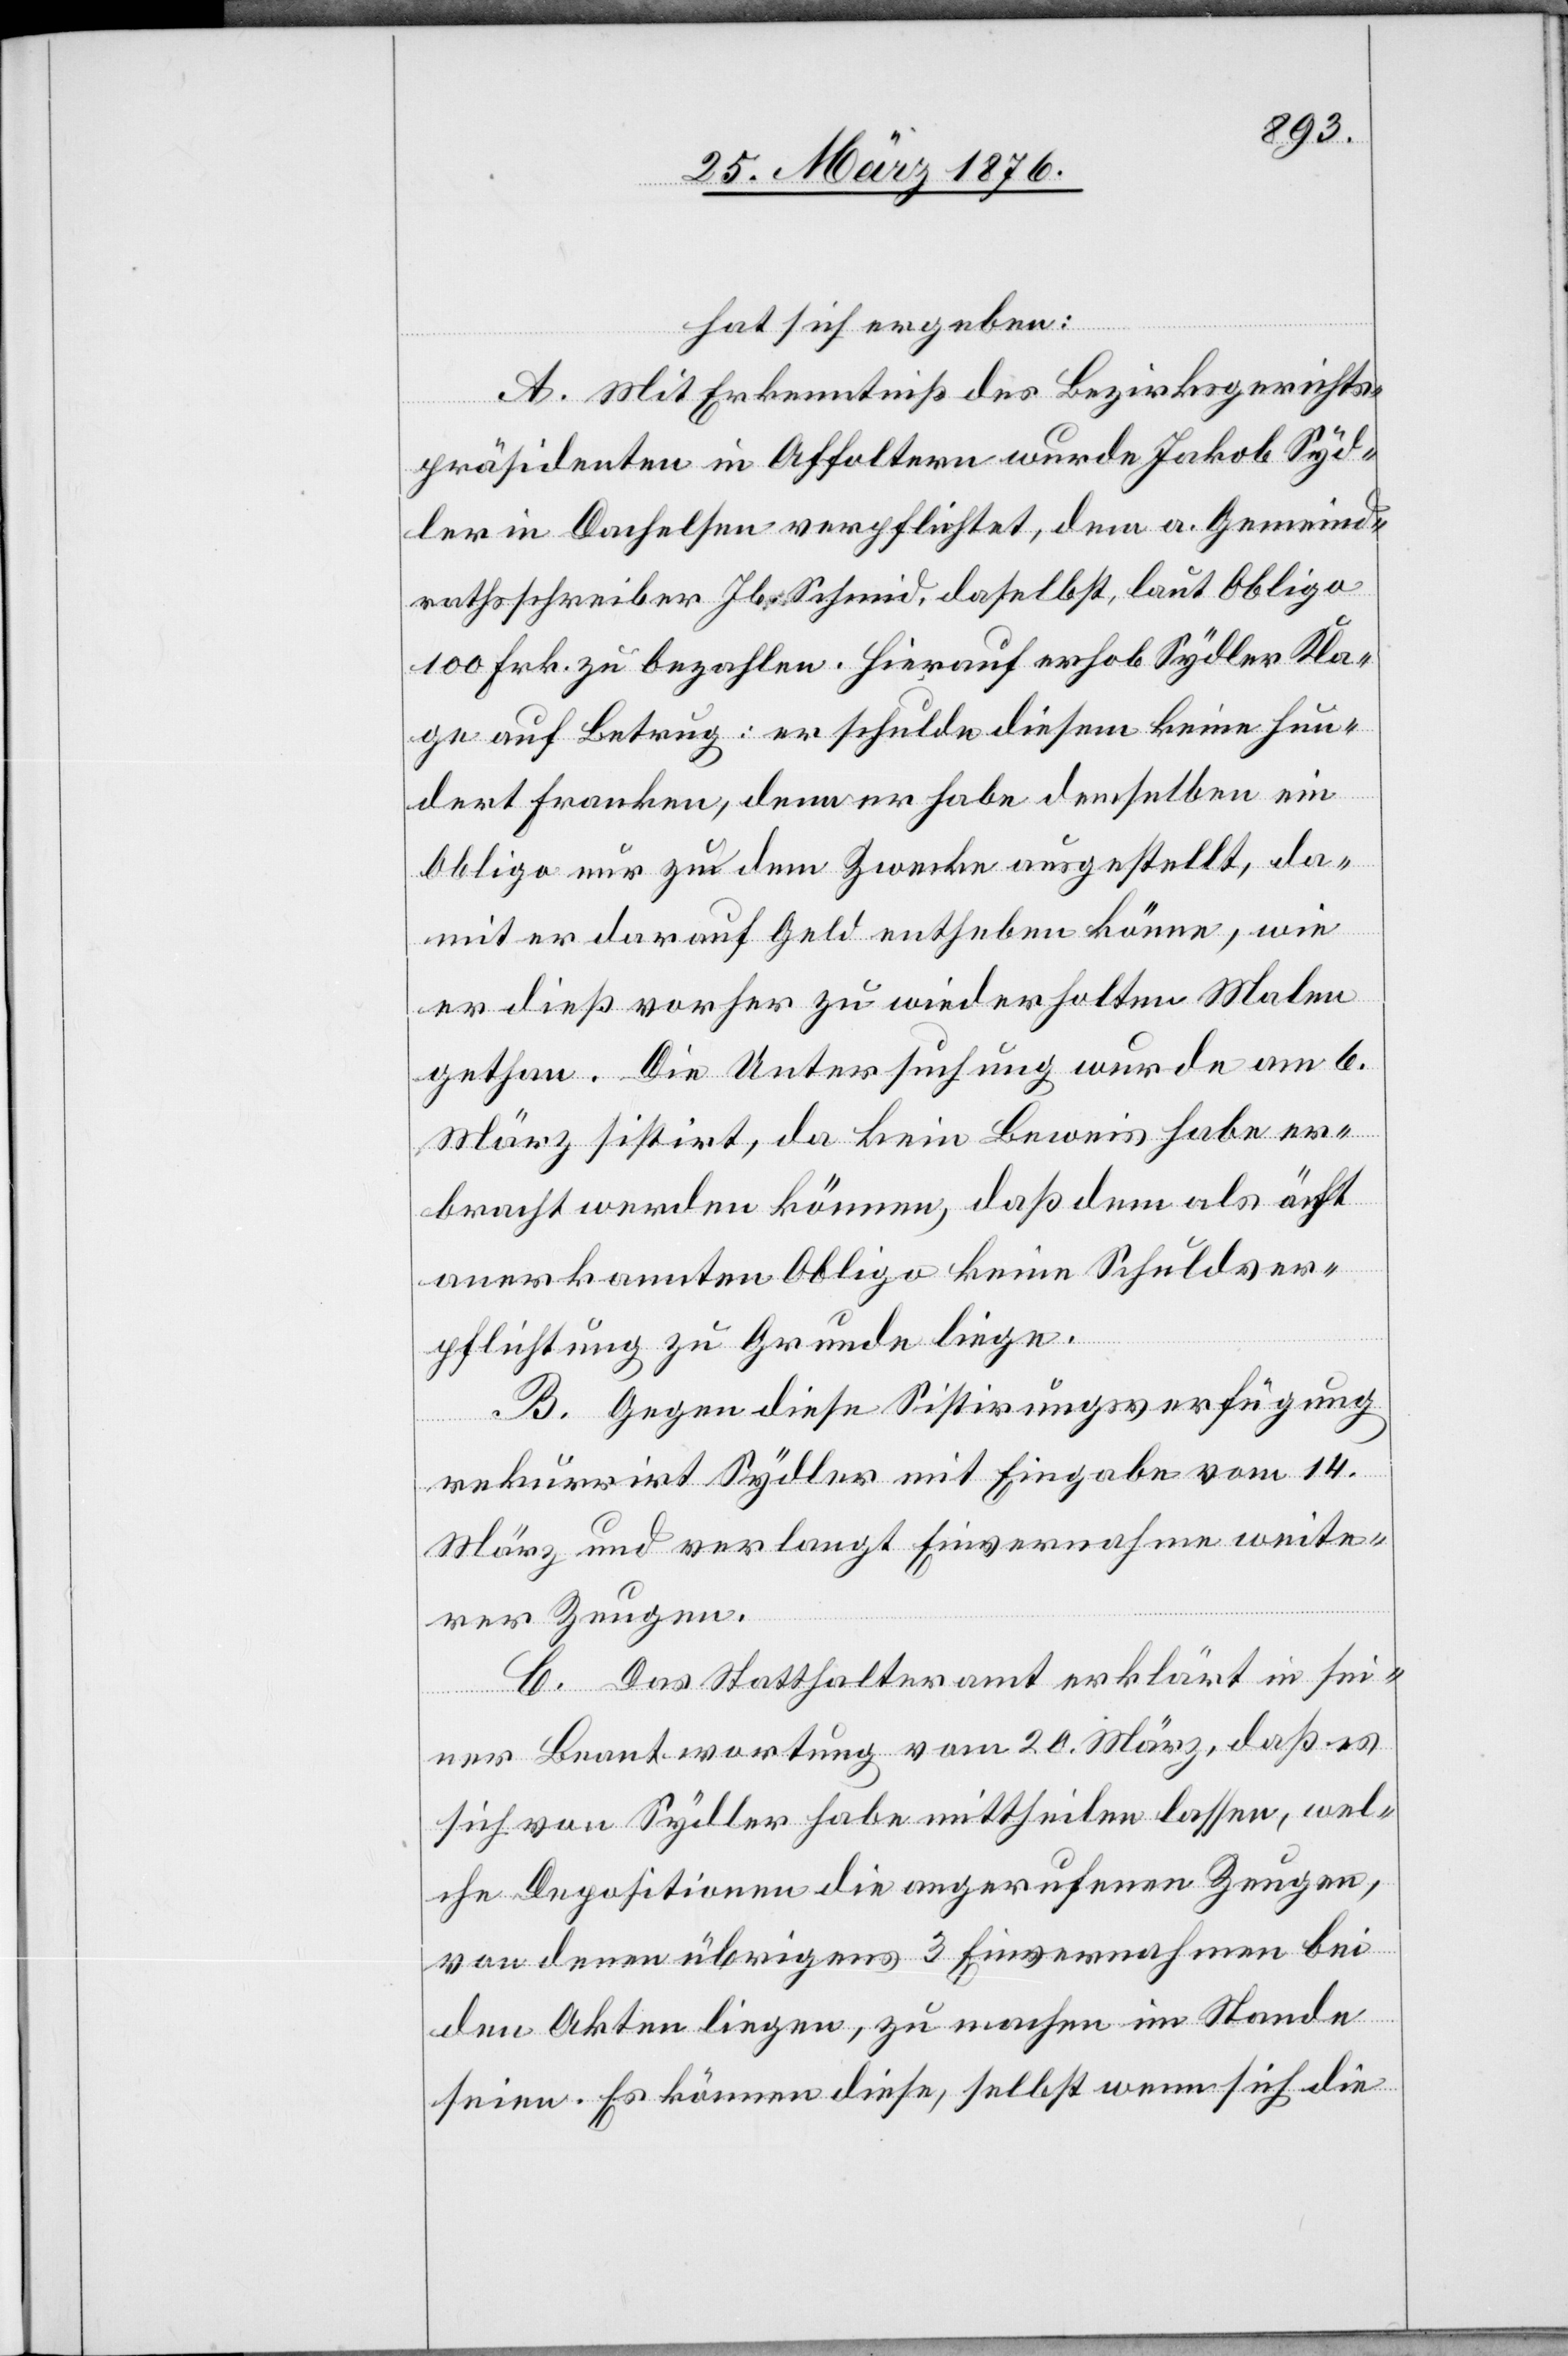
hat sich ergeben:
A. Mit Erkenntniß des Bezirksgerichts¬
präsidenten in Affoltern wurde Jakob Syd¬
ler in Dachelsen verpflichtet, dem a. Gemeind¬
rathsschreiber Jb. Schmid, daselbst, laut Obligo
100 Frk. zu bezahlen. Hierauf erhob Sydler Kla¬
ge auf Betrug: er schulde diesem keine hun¬
dert Franken, denn er habe demselben ein
Obligo nur zu dem Zwecke ausgestellt, da¬
mit er darauf Geld entheben könne, wie
er dieß vorher zu wiederholten Malen
gethan. Die Untersuchung wurde am 6.
März sistirt, da kein Beweis habe er¬
bracht werden können, daß dem als ächt
anerkannten Obligo keine Schuldver¬
pflichtung zu Grunde liege.
B. Gegen diese Sistirungsverfügung
rekurrirt Sydler mit Eingabe vom 14.
März und verlangt Einvernahme weite¬
rer Zeugen.
C. Das Statthalteramt erklärt in sei¬
ner Beantwortung vom 20. März, daß es
sich von Sydler habe mittheilen lassen, wel¬
che Depositionen die angerufenen Zeugen,
von denen übrigens 3 Einvernahmen bei
den Akten liegen, zu machen im Stande
seien. Es können diese, selbst wenn sich die